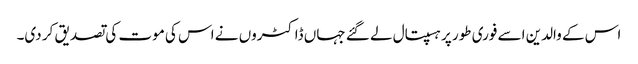
اس کے والدین اسے فوری طور پر ہسپتال لے گئے جہاں ڈاکٹروں نے اس کی موت کی تصدیق کر دی۔